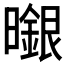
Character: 𭨆